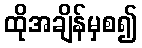
ထိုအချိန်မှစ၍